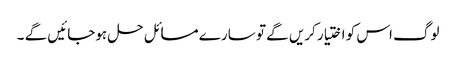
لوگ اس کو اختیار کریں گے تو سارے مسائل حل ہوجائیں گے ۔